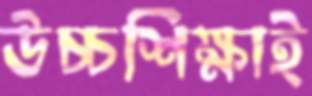
উচ্চশিক্ষাই